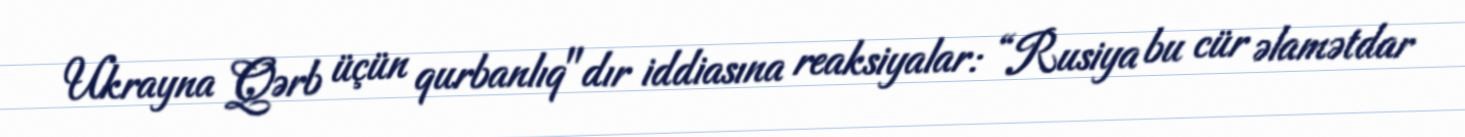
Ukrayna Qərb üçün qurbanlıq"dır iddiasına reaksiyalar: “Rusiya bu cür əlamətdar